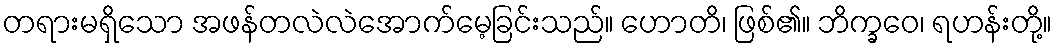
တရားမရှိသော အဖန်တလဲလဲအောက်မေ့ခြင်းသည်။ ဟောတိ၊ ဖြစ်၏။ ဘိက္ခဝေ၊ ရဟန်းတို့။